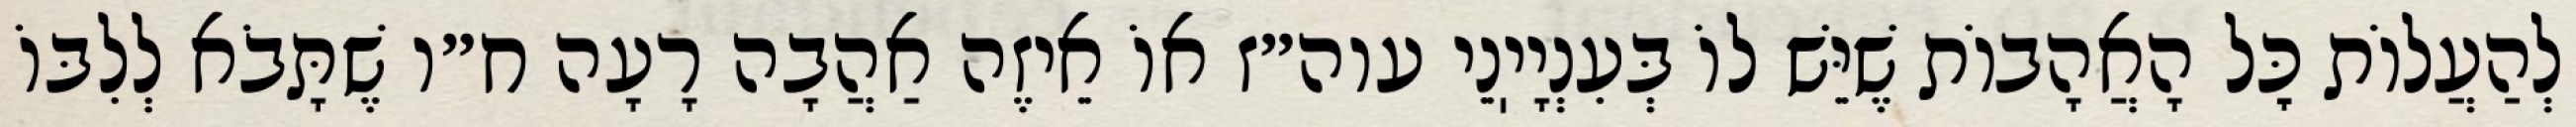
לְהַעֲלוֹת כׇּל הָאֲהָבוֹת שֶׁיֵּשׁ לוֹ בְּעִנְיָיֽנֵי עוה״ז אוֹ אֵיזֶה אַהֲבָה רָעָה ח״ו שֶׁתָּבֹא לְלִבּוֹ